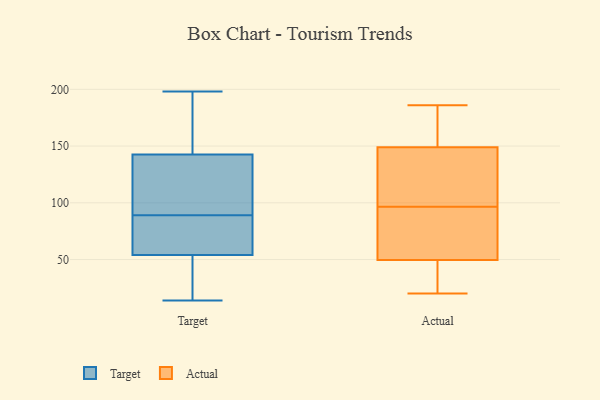
{"axis": {"x": "LTV (USD)", "y": "Value"}, "legend": ["Actual", "Target"], "data": [{"x": "", "y": 88, "type": "Target"}, {"x": "", "y": 43, "type": "Target"}, {"x": "", "y": 193, "type": "Target"}, {"x": "", "y": 58, "type": "Target"}, {"x": "", "y": 66, "type": "Target"}, {"x": "", "y": 14, "type": "Target"}, {"x": "", "y": 156, "type": "Target"}, {"x": "", "y": 50, "type": "Target"}, {"x": "", "y": 124, "type": "Target"}, {"x": "", "y": 129, "type": "Target"}, {"x": "", "y": 68, "type": "Target"}, {"x": "", "y": 14, "type": "Target"}, {"x": "", "y": 196, "type": "Target"}, {"x": "", "y": 90, "type": "Target"}, {"x": "", "y": 198, "type": "Target"}, {"x": "", "y": 118, "type": "Target"}, {"x": "", "y": 186, "type": "Actual"}, {"x": "", "y": 51, "type": "Actual"}, {"x": "", "y": 97, "type": "Actual"}, {"x": "", "y": 149, "type": "Actual"}, {"x": "", "y": 162, "type": "Actual"}, {"x": "", "y": 169, "type": "Actual"}, {"x": "", "y": 140, "type": "Actual"}, {"x": "", "y": 96, "type": "Actual"}, {"x": "", "y": 20, "type": "Actual"}, {"x": "", "y": 114, "type": "Actual"}, {"x": "", "y": 22, "type": "Actual"}, {"x": "", "y": 149, "type": "Actual"}, {"x": "", "y": 119, "type": "Actual"}, {"x": "", "y": 65, "type": "Actual"}, {"x": "", "y": 157, "type": "Actual"}, {"x": "", "y": 75, "type": "Actual"}, {"x": "", "y": 48, "type": "Actual"}, {"x": "", "y": 26, "type": "Actual"}, {"x": "", "y": 53, "type": "Actual"}, {"x": "", "y": 37, "type": "Actual"}]}